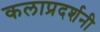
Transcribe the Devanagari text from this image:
कलाप्रदर्शनी